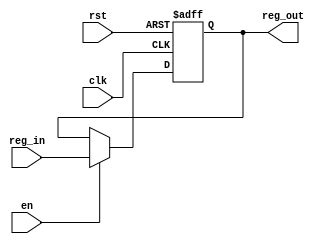
module reg32(input clk, rst, en, input[31:0] reg_in, output reg[31:0] reg_out);

    always @(posedge clk, posedge rst) begin
        if (rst) reg_out <= 32'd0;
        else begin
            if (en) reg_out <= reg_in;
        end
    end

endmodule